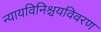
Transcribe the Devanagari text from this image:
न्यायविनिश्चयविवरण